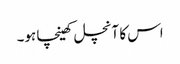
اس کا آنچل کھینچا ہو۔